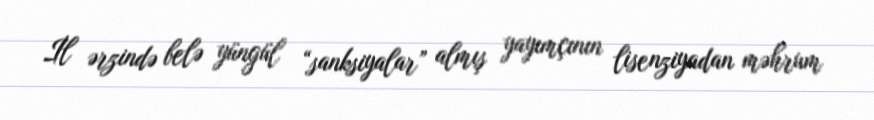
İl ərzində belə yüngül “sanksiyalar” almış yayımçının lisenziyadan məhrum